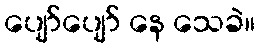
ပျော်ပျော် နေ သေခဲ။